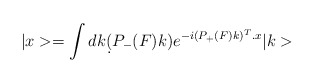
\begin{align*}|x>=\int dk \d(P_-(F)k)e^{-i(P_+(F)k)^T.x}|k>\end{align*}